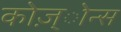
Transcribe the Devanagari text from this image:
कोज़्ोन्स